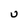
Character: U